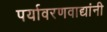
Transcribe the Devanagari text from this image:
पर्यावरणवाद्यांनी